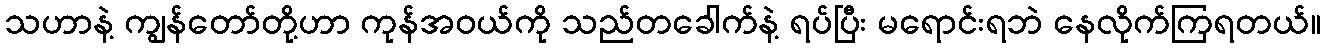
သဟာနဲ့ ကျွန်တော်တို့ဟာ ကုန်အဝယ်ကို သည်တခေါက်နဲ့ ရပ်ပြီး မရောင်းရဘဲ နေလိုက်ကြရတယ်။